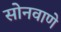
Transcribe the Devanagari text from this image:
सोनवाणे